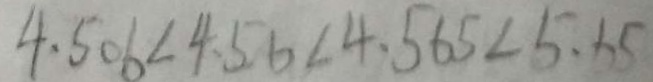
4 . 5 0 6 < 4 . 5 6 < 4 . 5 6 5 < 5 . 6 5